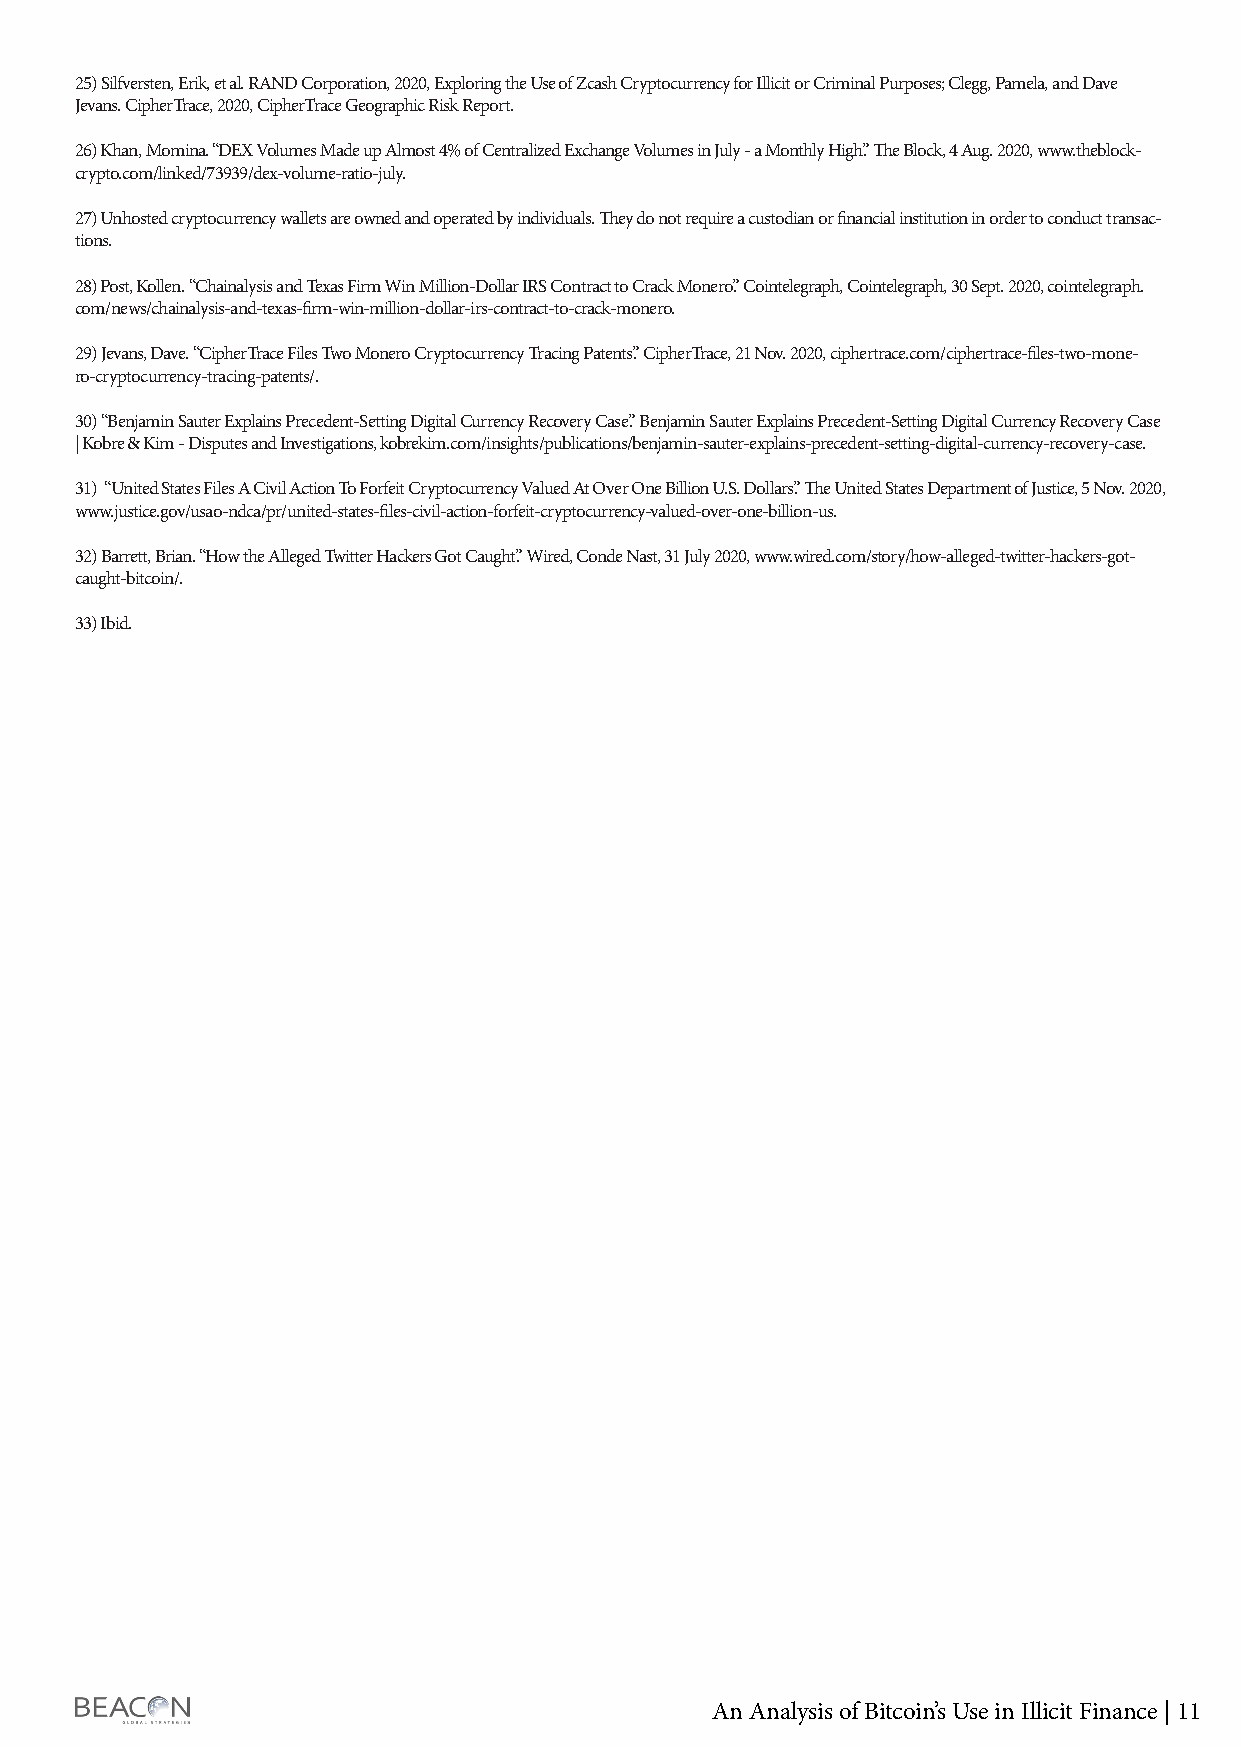
25) Silfversten, Erik, et al. RAND Corporation, 2020, Exploring the Use of Zcash Cryptocurrency for Illicit or Criminal Purposes; Clegg, Pamela, and Dave
 Jevans. CipherTrace, 2020, CipherTrace Geographic Risk Report.
 26) Khan, Momina. “DEX Volumes Made up Almost 4% of Centralized Exchange Volumes in July - a Monthly High.” The Block, 4 Aug. 2020, www.theblock-
 crypto.com/linked/73939/dex-volume-ratio-july.
 27) Unhosted cryptocurrency wallets are owned and operated by individuals. They do not require a custodian or financial institution in order to conduct transac-
 tions.
 28) Post, Kollen. “Chainalysis and Texas Firm Win Million-Dollar IRS Contract to Crack Monero.” Cointelegraph, Cointelegraph, 30 Sept. 2020, cointelegraph.
 com/news/chainalysis-and-texas-firm-win-million-dollar-irs-contract-to-crack-monero.
 29) Jevans, Dave. “CipherTrace Files Two Monero Cryptocurrency Tracing Patents.” CipherTrace, 21 Nov. 2020, ciphertrace.com/ciphertrace-files-two-mone-
 ro-cryptocurrency-tracing-patents/.
 30) “Benjamin Sauter Explains Precedent-Setting Digital Currency Recovery Case.” Benjamin Sauter Explains Precedent-Setting Digital Currency Recovery Case
 | Kobre & Kim - Disputes and Investigations, kobrekim.com/insights/publications/benjamin-sauter-explains-precedent-setting-digital-currency-recovery-case.
 31) “United States Files A Civil Action To Forfeit Cryptocurrency Valued At Over One Billion U.S. Dollars.” The United States Department of Justice, 5 Nov. 2020,
 www.justice.gov/usao-ndca/pr/united-states-files-civil-action-forfeit-cryptocurrency-valued-over-one-billion-us.
 32) Barrett, Brian. “How the Alleged Twitter Hackers Got Caught.” Wired, Conde Nast, 31 July 2020, www.wired.com/story/how-alleged-twitter-hackers-got-
 caught-bitcoin/.
 33) Ibid.
 An Analysis of Bitcoin’s Use in Illicit Finance | 11